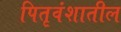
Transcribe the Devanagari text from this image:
पितृवंशातील